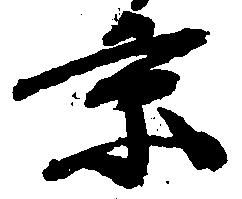
京